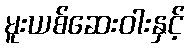
မူးယစ်ဆေးဝါးနှင့်